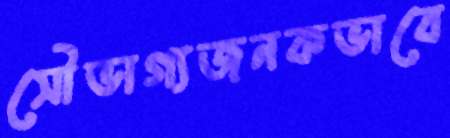
সৌভাগ্যজনকভাবে